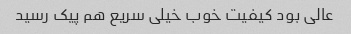
عالی بود کیفیت خوب خیلی سریع هم پیک رسید